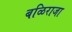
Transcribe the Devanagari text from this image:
बळिराजा